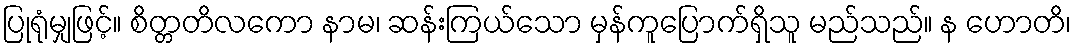
ပြုရုံမျှဖြင့်။ စိတ္တတိလကော နာမ၊ ဆန်းကြယ်သော မှန်ကူပြောက်ရှိသူ မည်သည်။ န ဟောတိ၊